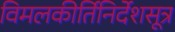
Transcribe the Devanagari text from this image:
विमलकीर्तिनिर्देशसूत्र